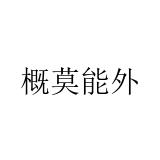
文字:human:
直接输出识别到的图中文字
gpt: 概莫能外